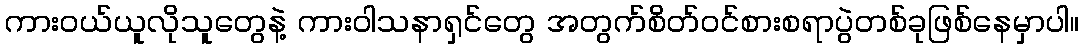
ကားဝယ်ယူလိုသူတွေနဲ့ ကားဝါသနာရှင်တွေ အတွက်စိတ်ဝင်စားစရာပွဲတစ်ခုဖြစ်နေမှာပါ။